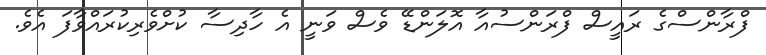
ފްރާންސްގެ ރައީސް ފްރަންސުއާ އޮލަންޑޭ ވެސް ވަނީ އެ ހާދިސާ ކުށްވެރިކުރައްވާފަ އެވެ.